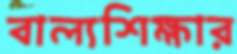
বাল্যশিক্ষার